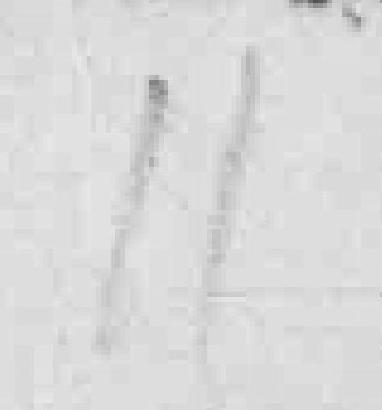
11